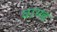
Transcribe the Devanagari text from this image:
वाण्ड